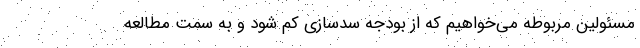
مسئولین مربوطه می‌خواهیم که از بودجه سدسازی کم شود و به سمت مطالعه